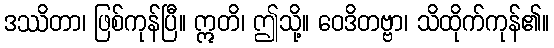
ဒဿိတာ၊ ဖြစ်ကုန်ပြီ။ ဣတိ၊ ဤသို့။ ဝေဒိတဗ္ဗာ၊ သိထိုက်ကုန်၏။